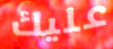
عليك